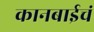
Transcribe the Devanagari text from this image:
कानबाईचं